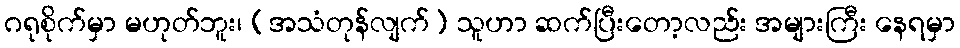
ဂရုစိုက်မှာ မဟုတ်ဘူး၊ [အသံတုန်လျက်] သူဟာ ဆက်ပြီးတော့လည်း အများကြီး နေရမှာ